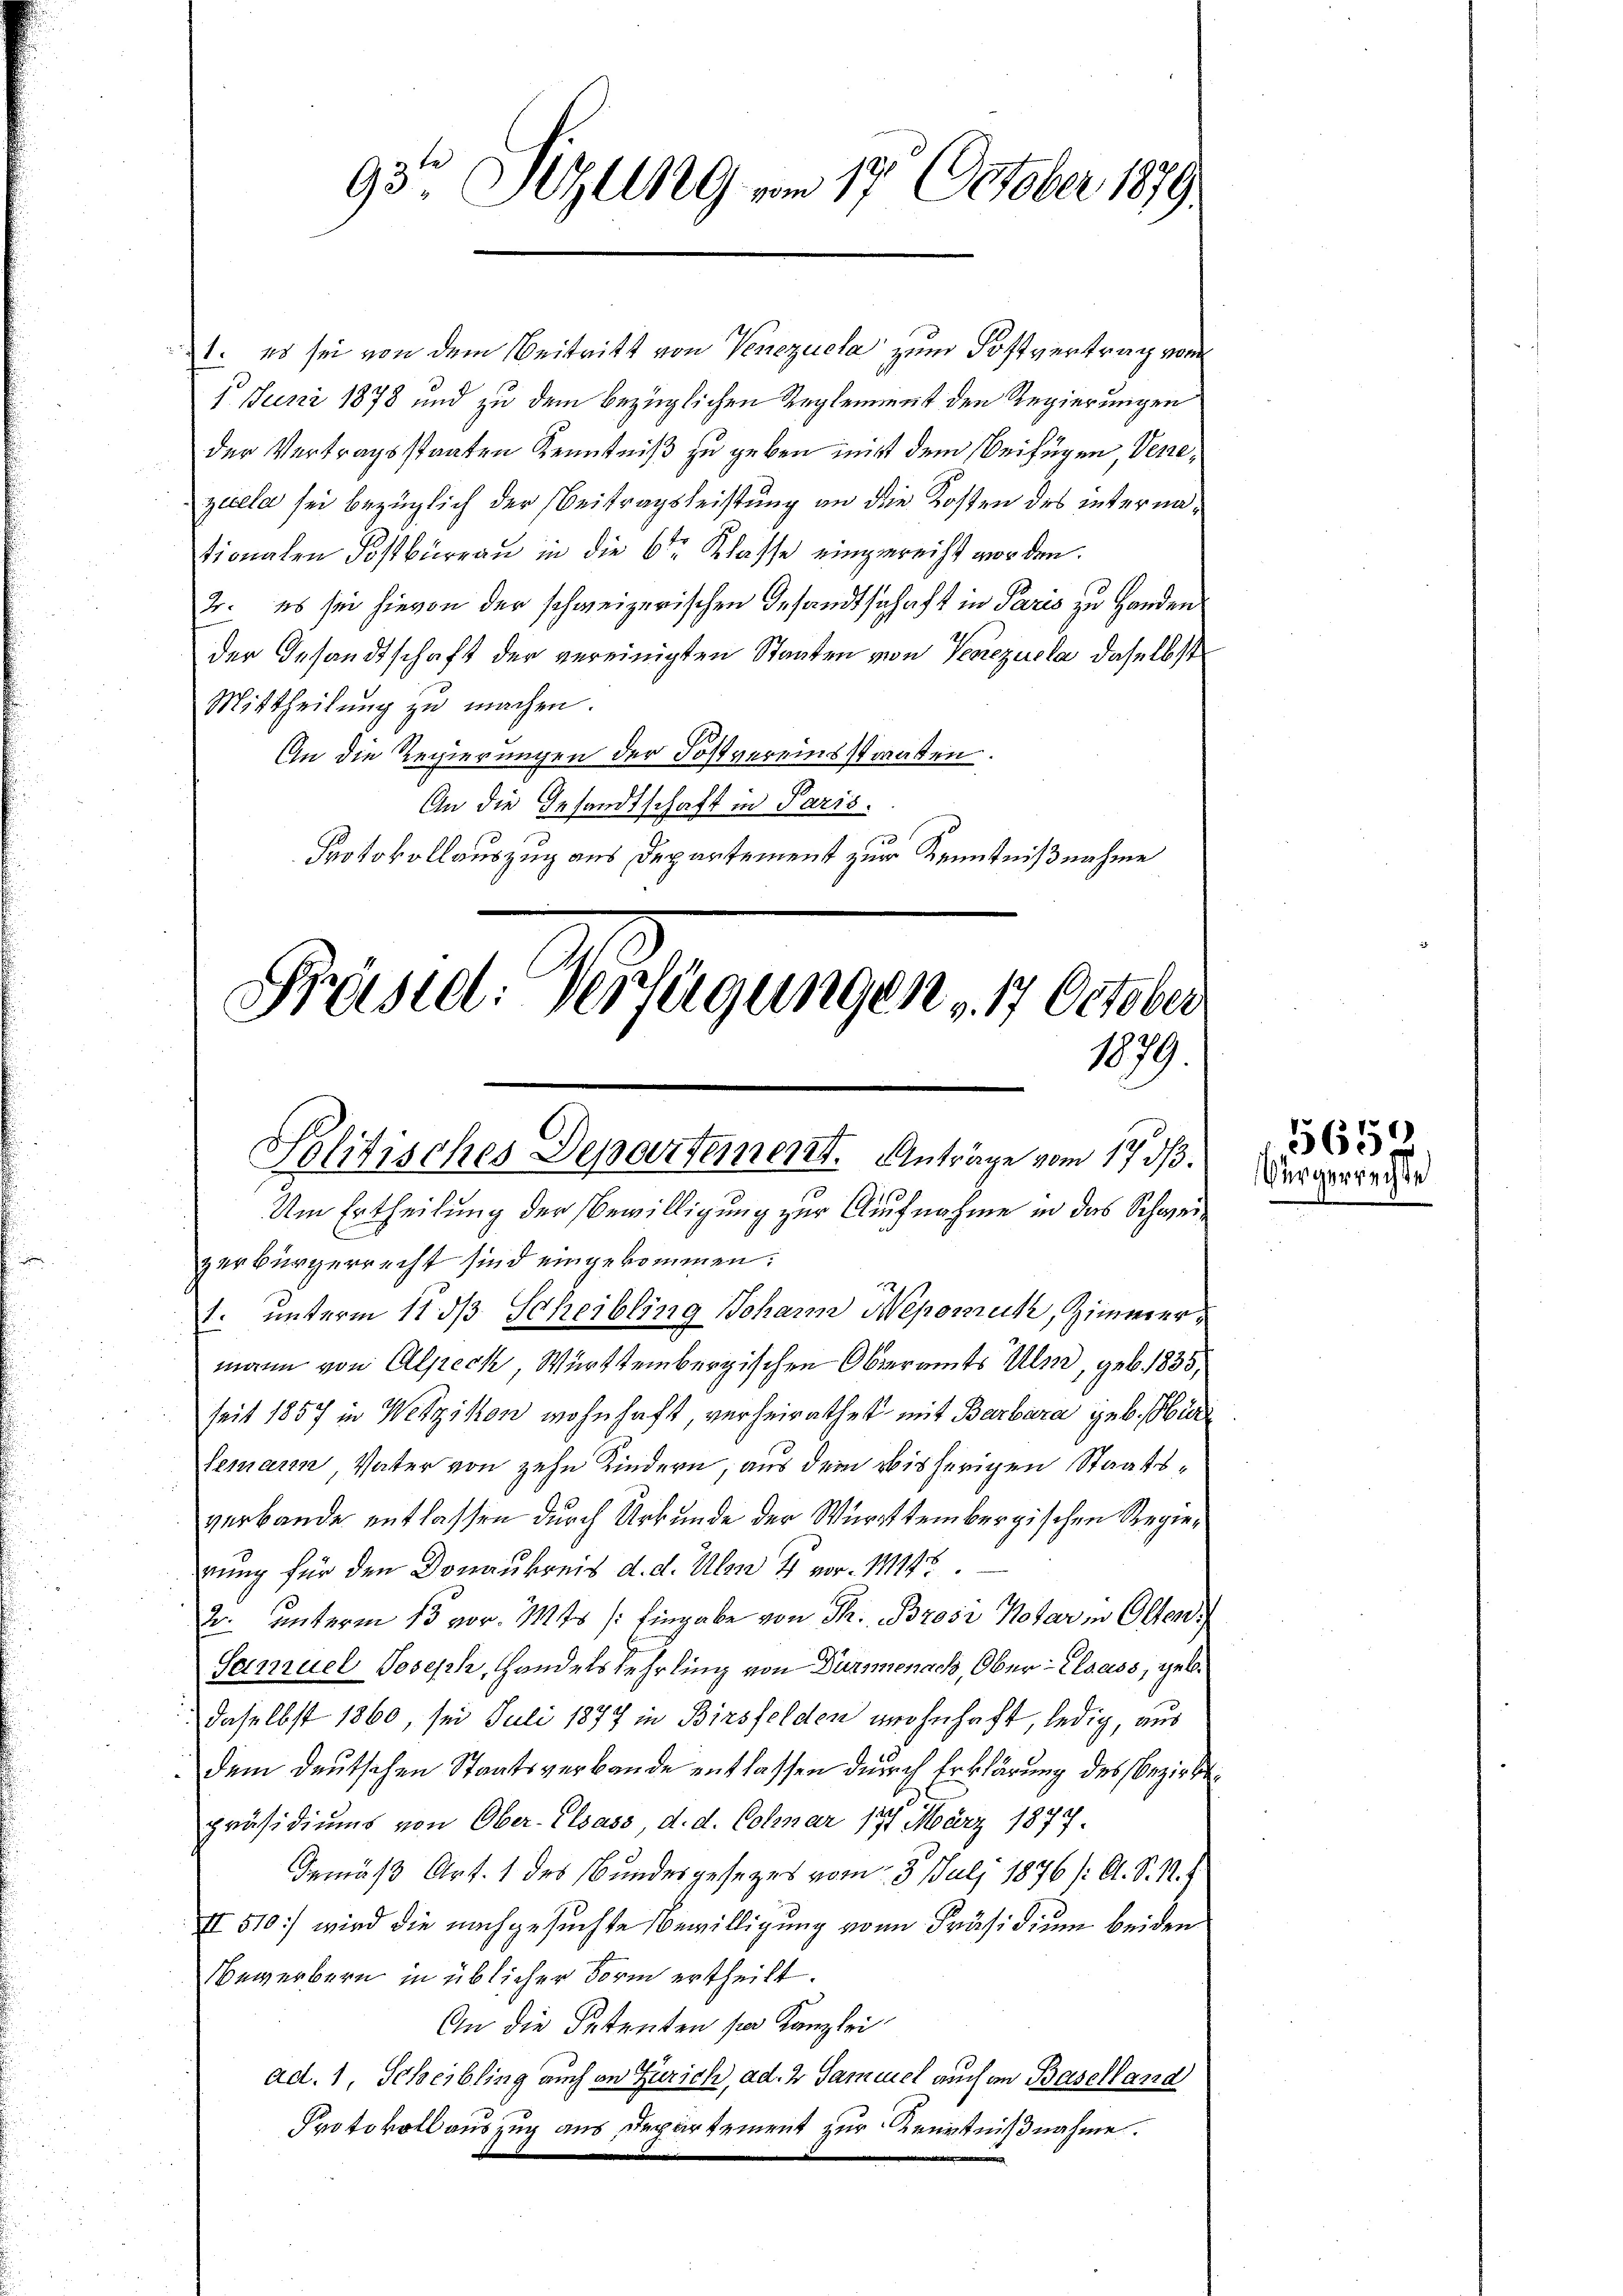
93° Sizung vom 17. October 1879.

1. es sei von dem Beitritt von Venezuela zum Postvertrag vom
1. Juni 1878 und zu dem bezüglichen Reglement den Regierungen
der Vertragsstaaten Kenntniß zu geben nicht dem Beifügen, Venezuela sei bezüglich der Beitragsleistung an die Kosten des internationalen Postbüreau in die 6ten Klasse einzureicht worden.
2. es sei hievon der schweizerischen Gesandtschaft in Paris zu Handen
der Gesandtschaft der vereinigten Staaten von Venezuela, daselbst
Mittheilung zu machen.
An die Regierungen der Postvereinsstraten.
An die Gesandtschaft in Paris.
Protokollauszug aus Departement zur Kenntnißnahme

Präsiel. Verfügungen, 14 October
1879
Politisches Departement. Anträge vom 17. ds.
Um Ertheilung der Bewilligung zur Aufnahme in das Schweizerbürgerrecht sind eingekommen:
1. unterm 11. ds Scheibling Johann Nepomuk, Zimmer¬

mann von Alpeck, Württembergischen Oberamts Ulm, geb. 1835,
seit 1857 in Wetzikon wohnhaft, verheirathet mit Barbara geb. Hür
lemann Vater von zehn Kindern, aus dem bisherigen Staatsverbande entlassen durch Urkunde der Württembergischen Regierung für den Donaukreis d. d. Um 4 vor. 11114.
2. unterm 13 vor. Mts. (: Eingabe von Th. Brosi Notar in Oltend
Samuel Joseph, Handelslehrling von Dürmenach, Ober-Elsass, geb.
daselbst 1860, sei Juli 1877 in Birsfelden wohnhaft, ledig, aus
dem deutschen Staatsverbande entlassen durch Erklärung des Bezirkspräsidiums von Ober-Elsass, d. d. Colmar 177 März 1877.
Demäß Art. 1 des Bundesgesezes vom 3. Juli 1876 /: A. S. 1.
II 510) wird die nachgesuchte Bewilligung von Präsidium beiden
Bewerbern in üblicher Form ertheilt.
An die Petenten sie Kanzlei
ad. 1, Scheibling auch an Zürich, ad 2 Samuel auch an Baselland
Protokoll auszug aus Departement zur Kenntnißnahme.

5659.
Vürgerrechte